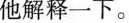
他解释一下。